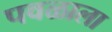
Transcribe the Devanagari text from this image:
पवळाला